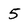
Character: 5